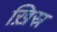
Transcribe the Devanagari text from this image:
ख़िस्र